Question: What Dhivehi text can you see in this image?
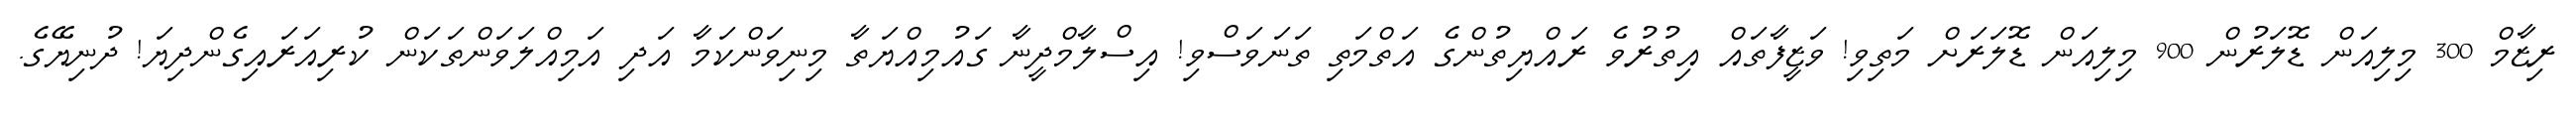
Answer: ރިޒާމް 300 މިލިއަން ޑޮލަރުން 900 މިލިއަން ޑޮލަރަށް މަތިވި! ވަޒީފާތައް އިތުރުވެ ރައްޔިތުންގެ އަތްމަތި ތަނަވަސްވި! އިސްލާމްދީނާ ގައުމިއްޔަތާ މިނިވަންކަމާ އަދި އަމިއްލަވަންތަކަން ކުރިއަރައިގެންދިޔަ! ދުނިޔޭގެ.